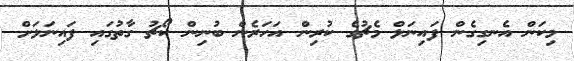
މިކަން އެނގިގެން ފައިނަލް މެޗުގެ ކުރިން އަހަރެން ބުނިން ކޯޗު ގާތުގައި ފައިނަލަށް